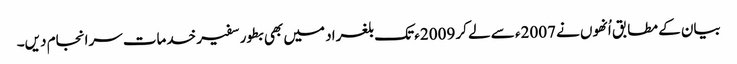
بیان کے مطابق اُنھوں نے 2007ء سے لے کر 2009ء تک بلغراد میں بھی بطور سفیر خدمات سرانجام دیں۔